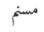
مسنم